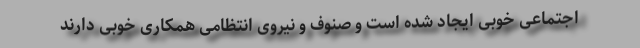
اجتماعی خوبی ایجاد شده است و صنوف و نیروی انتظامی همکاری خوبی دارند